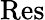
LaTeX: \mathrm{Res}